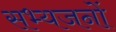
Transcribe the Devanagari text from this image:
सभ्यजनों